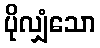
ပိုလျှံသော